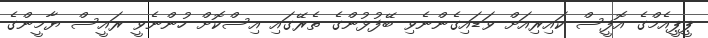
ޕީޕީއެމްގެ އޮފީސް ކައިރިއަށް ވަޑައިގެންނެވި ބޭފުޅުންގެ ތެރޭގައި އިސްކޮށް ހުންނެވީ ރައީސް ޔާމީންގެ